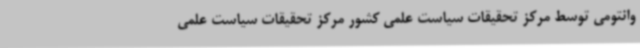
وانتومی توسط مرکز تحقیقات سیاست علمی کشور مرکز تحقیقات سیاست علمی